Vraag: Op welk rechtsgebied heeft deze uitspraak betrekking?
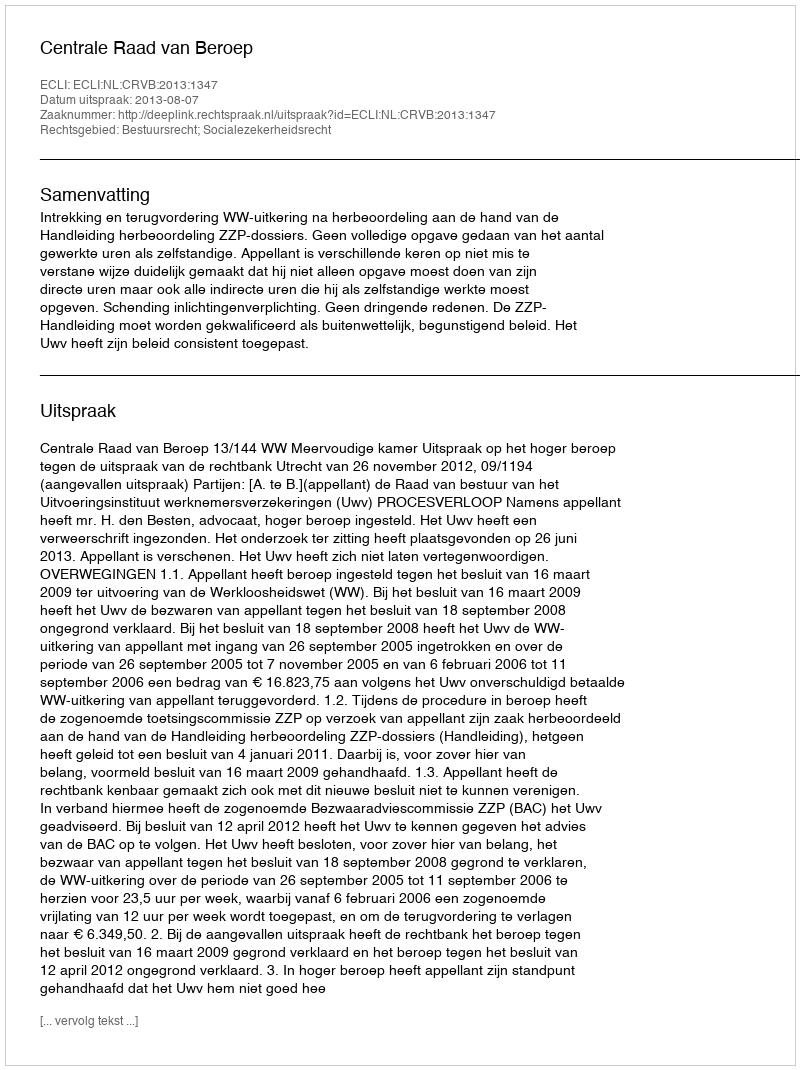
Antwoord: Bestuursrecht; Socialezekerheidsrecht